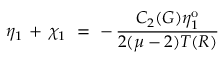
\eta _ { 1 } \, + \, \chi _ { 1 } ~ = ~ - \, \frac { C _ { 2 } ( G ) \eta _ { 1 } ^ { \mathrm { o } } } { 2 ( \mu - 2 ) T ( R ) }